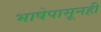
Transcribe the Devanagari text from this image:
भाषेपासूनही